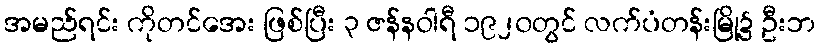
အမည်ရင်း ကိုတင်အေး ဖြစ်ပြီး ၃ ဇန်နဝါရီ ၁၉၂၀တွင် လက်ပံတန်းမြို့၌ ဦးဘ